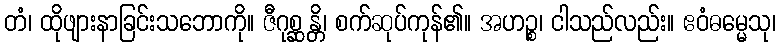
တံ၊ ထိုဖျားနာခြင်းသဘောကို။ ဇီဂုစ္ဆန္တိ၊ စက်ဆုပ်ကုန်၏။ အဟဉ္စ၊ ငါသည်လည်း။ ဧဝံဓမ္မေသု၊